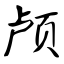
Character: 颅